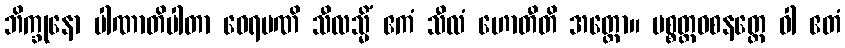
ဘိက္ခုနော ပါဏာတိပါတာ ဝေရမဏိ သီလသ္မိံ ဧကံ သီလံ ဟောတီတိ အတ္ထော။ ပစ္စတ္တဝစနတ္ထေ ဝါ ဧတံ